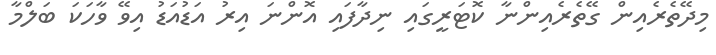
މިދޭތެރެއިން ގޭތެރެއިންނާ ކޮޓަރީގައި ނިދާފައި އޮންނަ އިރު އަޑުއަޑު އިވޭ ވާހަކަ ބަލްމާ